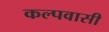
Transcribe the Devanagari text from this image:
कल्पवासी